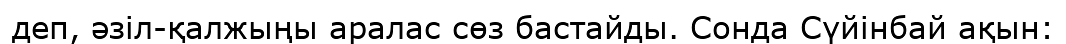
деп, әзіл-қалжыңы аралас сөз бастайды. Сонда Сүйінбай ақын: